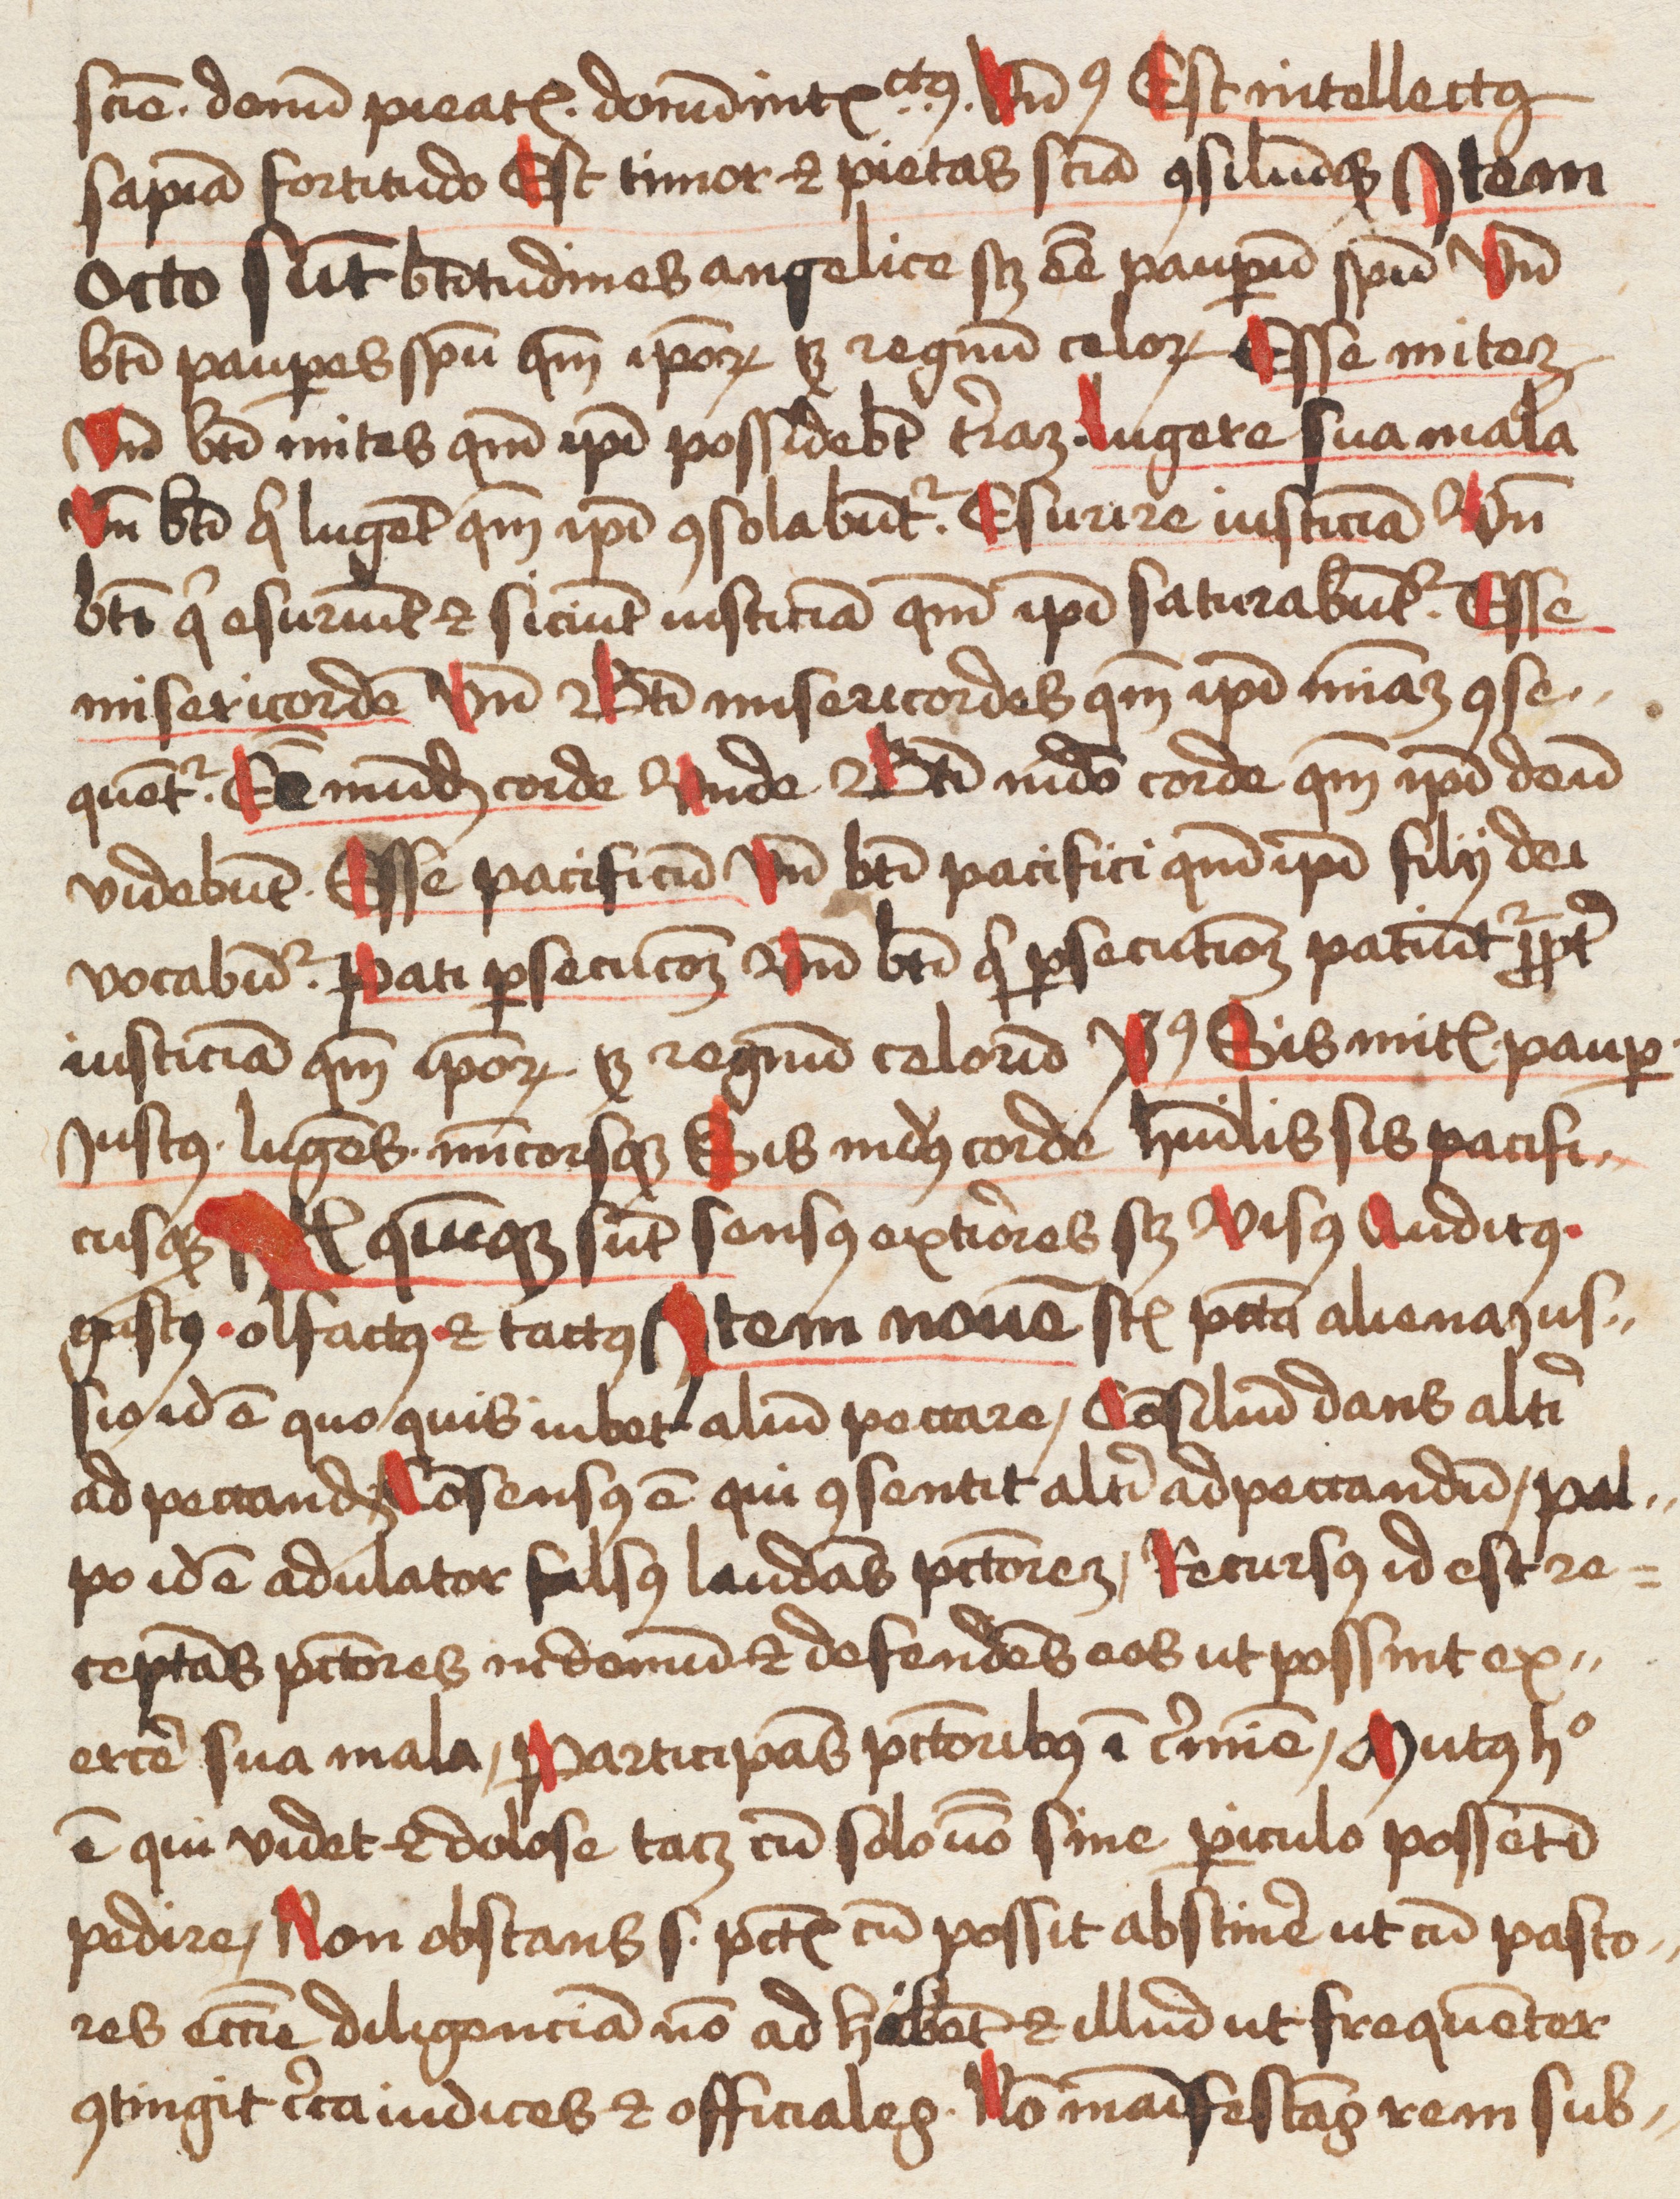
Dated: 1475–1499